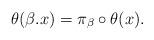
LaTeX: \begin{align*}\theta(\beta.x)=\pi_{\beta} \circ \theta(x).\end{align*}